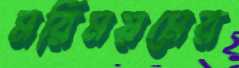
মরিময়মের